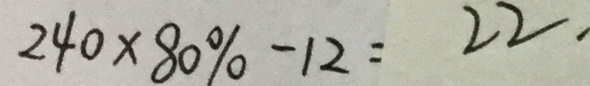
2 4 0 \times 8 0 \% - 1 2 = 2 2